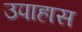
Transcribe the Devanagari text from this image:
उपाहास